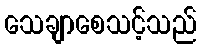
သေချာစေသင့်သည်